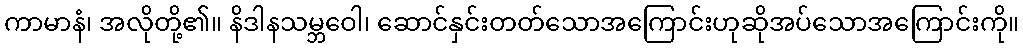
ကာမာနံ၊ အလိုတို့၏။ နိဒါနသမ္ဘဝေါ၊ ဆောင်နှင်းတတ်သောအကြောင်းဟုဆိုအပ်သောအကြောင်းကို။